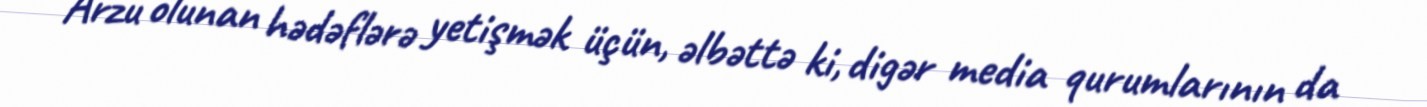
Arzu olunan hədəflərə yetişmək üçün, əlbəttə ki, digər media qurumlarının da